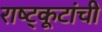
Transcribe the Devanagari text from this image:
राष्ट्कूटांची